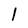
Character: l